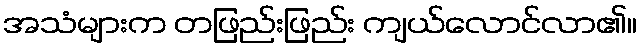
အသံများက တဖြည်းဖြည်း ကျယ်လောင်လာ၏။